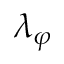
\lambda _ { \varphi }